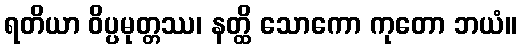
ရတိယာ ဝိပ္ပမုတ္တဿ၊ နတ္ထိ သောကော ကုတော ဘယံ။